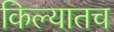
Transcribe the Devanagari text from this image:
किल्यातच